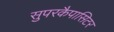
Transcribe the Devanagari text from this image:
सुपरकैपासिटर